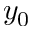
y _ { 0 }